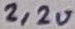
Text: 2,2u